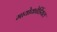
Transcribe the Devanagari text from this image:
मायोकोर्डियल